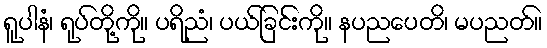
ရူပါနံ၊ ရုပ်တို့ကို။ ပရိညံ၊ ပယ်ခြင်းကို။ နပညပေတိ၊ မပညတ်။